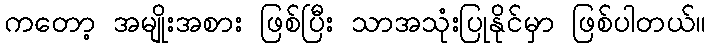
ကတော့ အမျိုးအစား ဖြစ်ပြီး သာအသုံးပြုနိုင်မှာ ဖြစ်ပါတယ်။